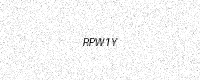
Text: RPW1Y